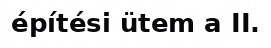
építési ütem a II.